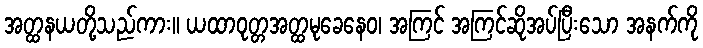
အတ္ထနယတို့သည်ကား။ ယထာဝုတ္တအတ္ထမုခေနေဝ၊ အကြင် အကြင်ဆိုအပ်ပြီးသော အနက်ကို